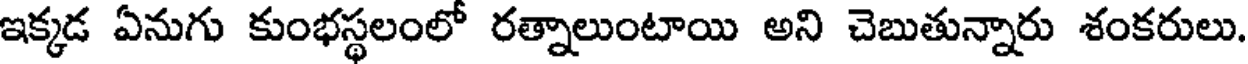
ఇక్కడ ఏనుగు కుంభస్థలంలో రత్నాలుంటాయి అని చెబుతున్నారు శంకరులు.